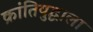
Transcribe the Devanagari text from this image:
क्रांतियुद्धाला